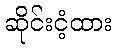
ဆိုင်းငံ့ထား